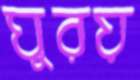
ঘুরয়